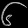
Digit: ၆